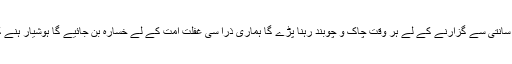
عاشورہ کو امن و سانتی سے گزارنے کے لے ہر وقت چاک و چوبند رہنا پڑے گا ہماری ذرا سی غفلت امت کے لے خسارہ بن جائیے گا ہوشیار ہنے کی ضرورت ہے۔